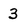
Character: 3